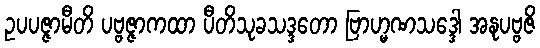
ဥပပဇ္ဇာမီတိ ပဗ္ဗဇ္ဇာကထာ ပီတိသုခသဒ္ဒတော ဗြာဟ္မဏသဒ္ဒေါ အနုပဗ္ဗဇိ